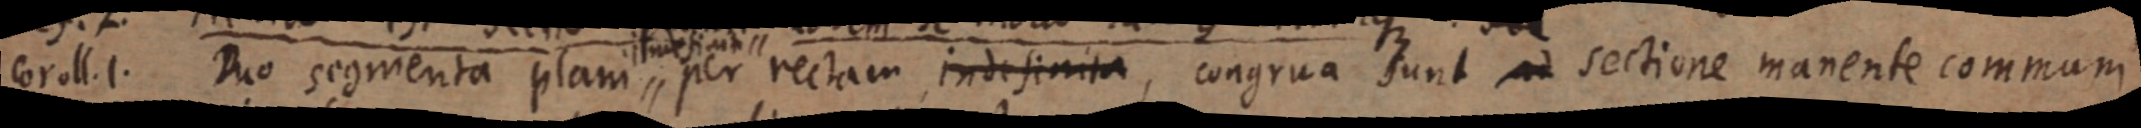
coroll. 1. Duo segmenta plani per rectam indefinita, congrua sunt ad sectione manente communi